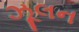
ઝૂલન